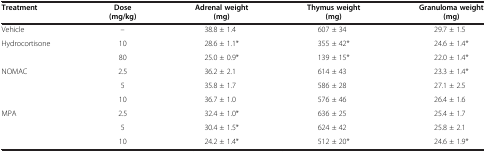
<table><thead><tr><td><b>Treatment</b></td><td><b>Dose (mg/kg)</b></td><td><b>Adrenal weight (mg)</b></td><td><b>Thymus weight (mg)</b></td><td><b>Granuloma weight (mg)</b></td></tr></thead><tbody><tr><td>Vehicle</td><td>–</td><td>38.8 ± 1.4</td><td>607 ± 34</td><td>29.7 ± 1.5</td></tr><tr><td rowspan="2">Hydrocortisone</td><td>10</td><td>28.6 ± 1.1*</td><td>355 ± 42*</td><td>24.6 ± 1.4*</td></tr><tr><td>80</td><td>25.0 ± 0.9*</td><td>139 ± 15*</td><td>22.0 ± 1.4*</td></tr><tr><td rowspan="3">NOMAC</td><td>2.5</td><td>36.2 ± 2.1</td><td>614 ± 43</td><td>23.3 ± 1.4*</td></tr><tr><td>5</td><td>35.8 ± 1.7</td><td>586 ± 28</td><td>27.1 ± 2.5</td></tr><tr><td>10</td><td>36.7 ± 1.0</td><td>576 ± 46</td><td>26.4 ± 1.6</td></tr><tr><td rowspan="3">MPA</td><td>2.5</td><td>32.4 ± 1.0*</td><td>636 ± 25</td><td>25.4 ± 1.7</td></tr><tr><td>5</td><td>30.4 ± 1.5*</td><td>624 ± 42</td><td>25.8 ± 2.1</td></tr><tr><td>10</td><td>24.2 ± 1.4*</td><td>512 ± 20*</td><td>24.6 ± 1.9*</td></tr></tbody></table>